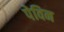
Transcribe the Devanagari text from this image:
पेविन